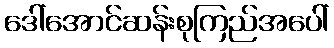
ဒေါ်အောင်ဆန်းစုကြည်အပေါ်